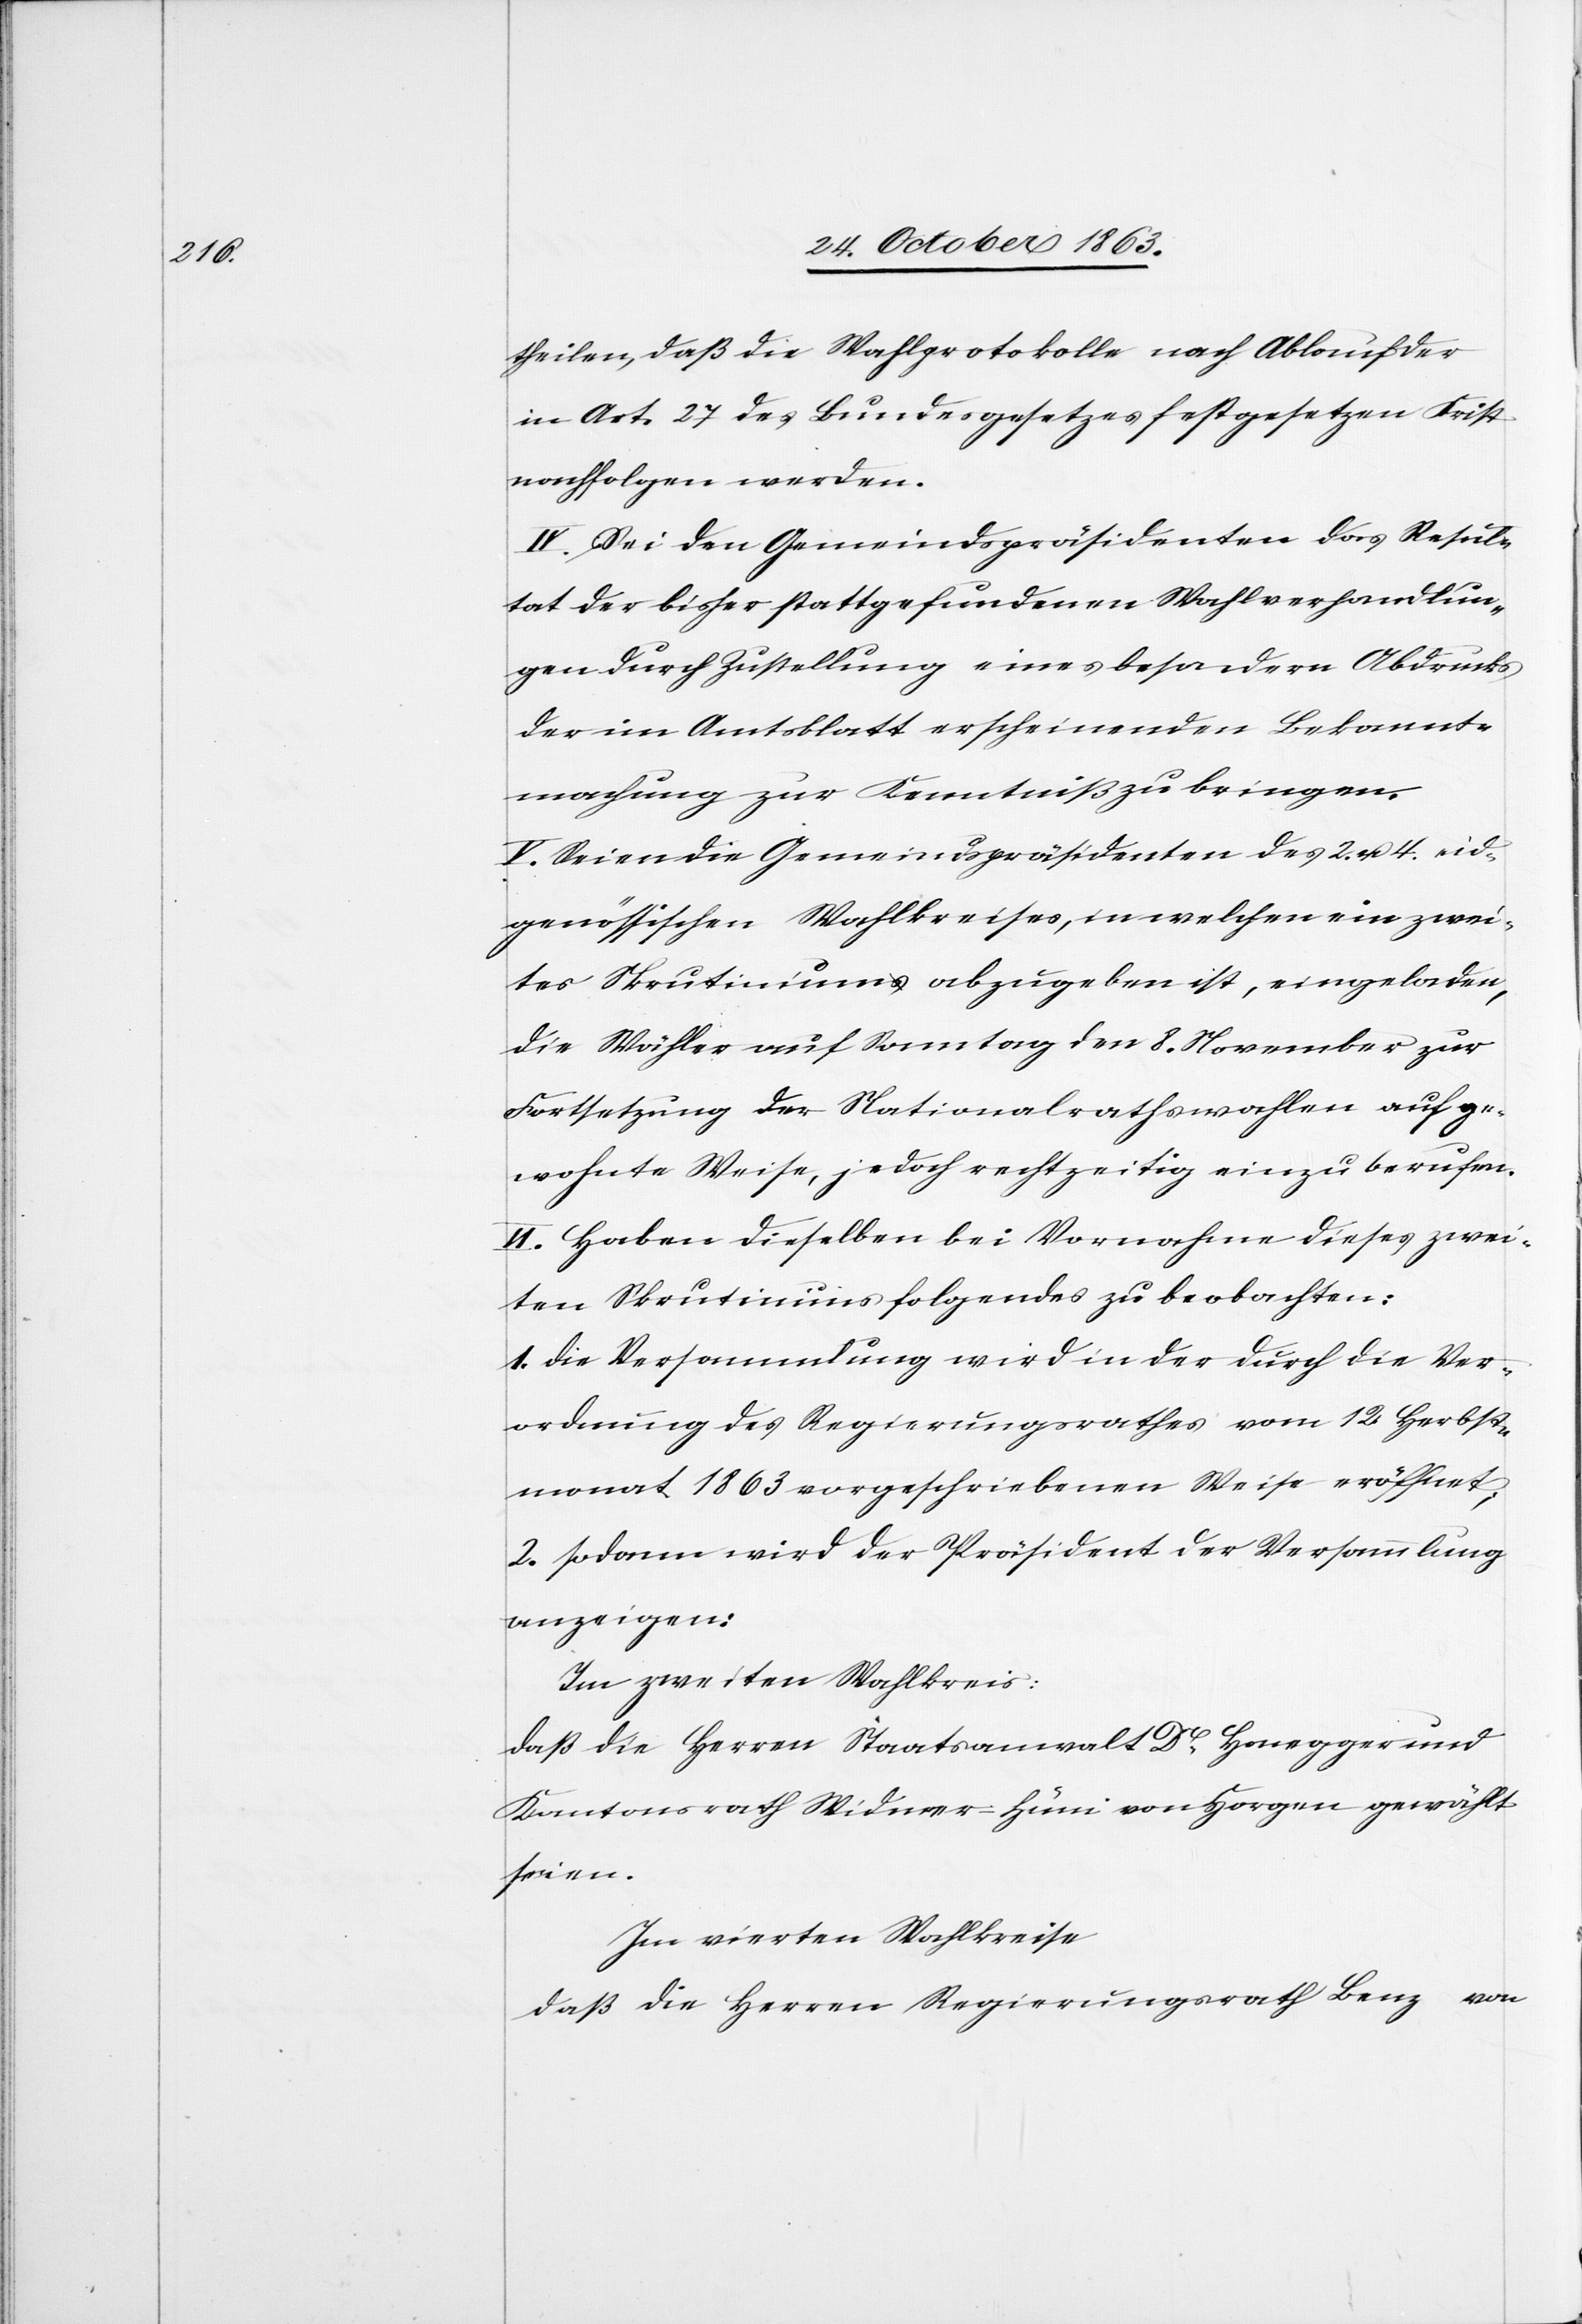
theilen, daß die Wahlprotokolle nach Ablauf der
in Art. 27 des Bundesgesetzes festgesetz[t]en Frist
nachfolgen werden.
IV. Sei den Gemeindspräsidenten das Resul¬
tat der bisher stattgefundenen Wahlverhandlun¬
gen durch Zustellung eines besondern Abdrucks
der im Amtsblatt erscheinenden Bekannt¬
machung zur Kenntniß zu bringen.
V. Seien die Gemeindspräsidenten des 2. u. 4. eid¬
genössischen Wahlkreises, in welchen ein zwei¬
tes Skrutinium abzugeben ist, eingeladen,
die Wähler auf Sonntag den 8. November zur
Fortsetzung der Nationalrathswahlen auf ge¬
wohnte Weise, jedoch rechtzeitig einzuberufen.
VI. Haben dieselben bei Vornahme dieses zwei¬
ten Skrutiniums folgendes zu beobachten:
1. die Versammlung wird in der durch die Ver¬
ordnung des Regierungsrathes vom 12. Herbst¬
monat 1863 vorgeschriebenen Weise eröffnet;
2. sodann wird der Präsident der Versammlung
anzeigen:
Im zweiten Wahlkreise
daß die Herren Staatsanwalt Dr Honegger und
Kantonsrath Widmer-Hüni von Horgen gewählt
seien.
daß die Herren Regierungsrath Benz von